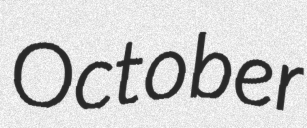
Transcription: October